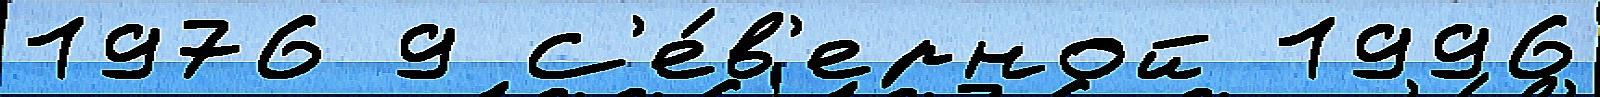
1976 9 С'е́в'ерной 1996